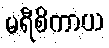
မရီစိကာယ